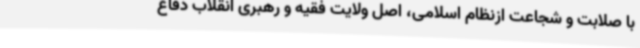
با صلابت و شجاعت ازنظام اسلامی، اصل ولایت فقیه و رهبری انقلاب دفاع